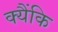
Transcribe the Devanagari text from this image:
क्यैंकि